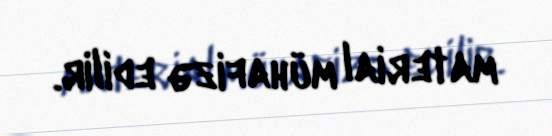
material mühafizə edilir.